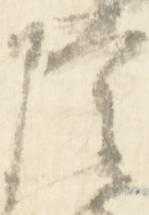
隆